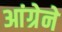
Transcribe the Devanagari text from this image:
आंग्रेने